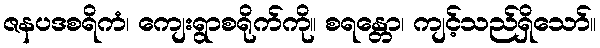
ဇနပဒစရိကံ၊ ကျေးရွာစရိုက်ကို။ စရန္တော၊ ကျင့်သည်ရှိသော်။